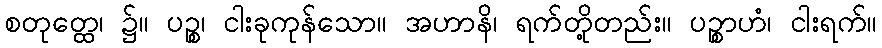
စတုတ္ထေ၊ ၌။ ပဉ္စ၊ ငါးခုကုန်သော။ အဟာနိ၊ ရက်တို့တည်း။ ပဉ္စာဟံ၊ ငါးရက်။